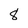
Character: 8